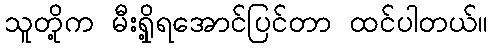
သူတို့က မီးရှို့ရအောင်ပြင်တာ ထင်ပါတယ်။